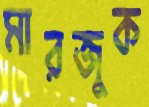
মারজুক